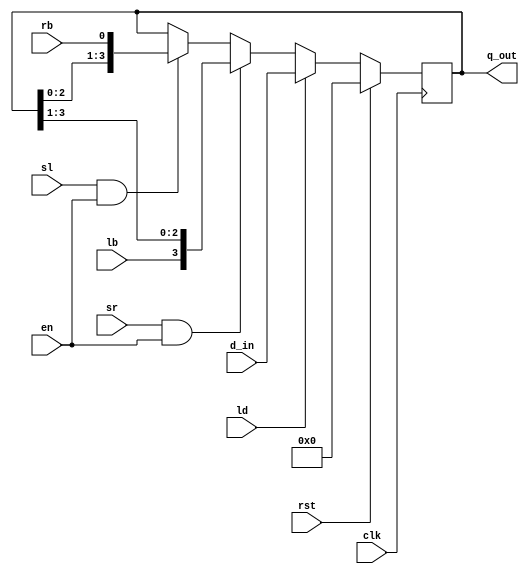
`timescale 1ns / 1ps
//////////////////////////////////////////////////////////////////////////////////
// Company: 
// Engineer: 
// 
// Design Name: 
// Module Name: smallshiftdreg
// Project Name: 
// Target Devices: 
// Tool Versions: 
// Description: 
// 
// Dependencies: 
// 
// Revision:
// Revision 0.01 - File Created
// Additional Comments:
// 
//////////////////////////////////////////////////////////////////////////////////


module smallshiftdreg(input clk, rst, ld, sl, sr, en, lb, rb,
	input[3:0] d_in,
	output reg [3:0] q_out
    );

always@(posedge clk) begin
		 if (rst) q_out<=4'b0;
	else if (ld) q_out<=d_in; 
	else if (sr&&en)q_out<={lb,q_out[3:1]}; 
	else if (sl&&en) q_out<={q_out[2:0],rb};
	else q_out<=q_out;
end
endmodule